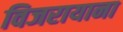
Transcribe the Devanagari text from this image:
विजरायाना